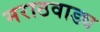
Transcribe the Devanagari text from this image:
मराठवाड्य